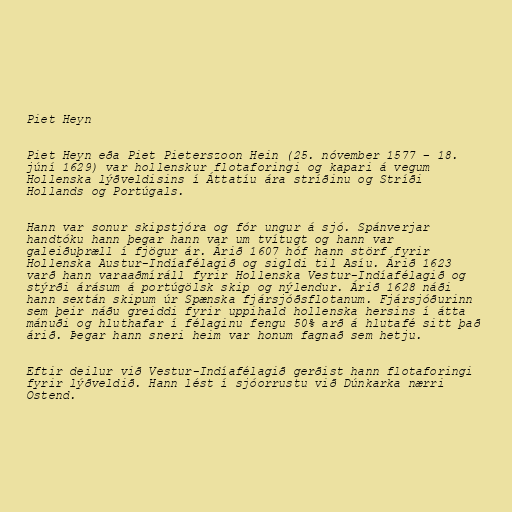
Piet Heyn

Piet Heyn eða Piet Pieterszoon Hein (25. nóvember 1577 – 18.
júní 1629) var hollenskur flotaforingi og kapari á vegum
Hollenska lýðveldisins í Áttatíu ára stríðinu og Stríði
Hollands og Portúgals.

Hann var sonur skipstjóra og fór ungur á sjó. Spánverjar
handtóku hann þegar hann var um tvítugt og hann var
galeiðuþræll í fjögur ár. Árið 1607 hóf hann störf fyrir
Hollenska Austur-Indíafélagið og sigldi til Asíu. Árið 1623
varð hann varaaðmíráll fyrir Hollenska Vestur-Indíafélagið og
stýrði árásum á portúgölsk skip og nýlendur. Árið 1628 náði
hann sextán skipum úr Spænska fjársjóðsflotanum. Fjársjóðurinn
sem þeir náðu greiddi fyrir uppihald hollenska hersins í átta
mánuði og hluthafar í félaginu fengu 50% arð á hlutafé sitt það
árið. Þegar hann sneri heim var honum fagnað sem hetju.

Eftir deilur við Vestur-Indíafélagið gerðist hann flotaforingi
fyrir lýðveldið. Hann lést í sjóorrustu við Dúnkarka nærri
Ostend.